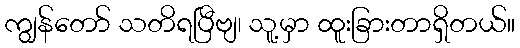
ကျွန်တော် သတိရပြီဗျ၊ သူ့မှာ ထူးခြားတာရှိတယ်။